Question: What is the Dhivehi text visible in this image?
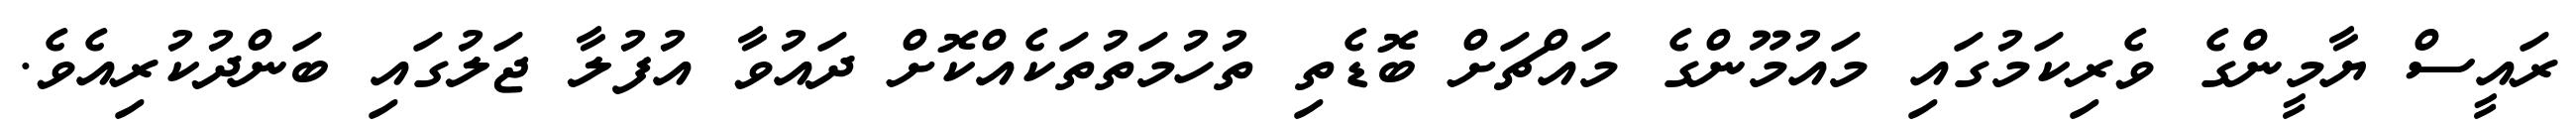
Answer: ރައީސް ޔާމީންގެ ވެރިކަމުގައި މައުމޫންގެ މައްޗަށް ބޮޑެތި ތުހުމަތުތަކެއްކޮށް ދައުވާ އުފުލާ ޖަލުގައި ބަންދުކުރިއެވެ.